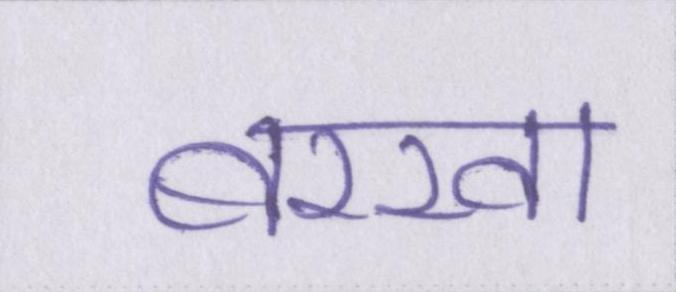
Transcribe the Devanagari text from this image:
बरखा